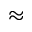
\approx